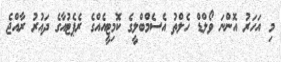
މި އަހަރު އޮންނަ ވޯލްޑް ހެލްތު އެސެމްބްލީގެ ކޮމިޓީއެއްގެ ރެޕެޓުއާގެ ދައުރު ރާއްޖެ